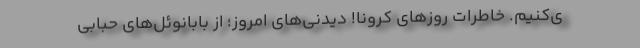
ی‌کنیم. خاطرات روزهای کرونا! دیدنی‌های امروز؛ از بابانوئل‌های حبابی